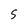
Character: S